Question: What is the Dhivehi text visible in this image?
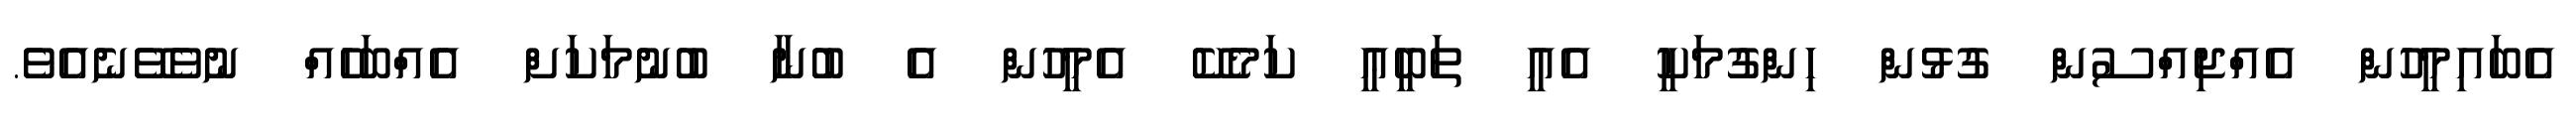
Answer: އެބައިމީހުން އެއްޖިއްސުން ގުޅުން ހިންގުމަކީ އެއީ ތަބީޢީ ކަމެކޭ އެމީހުން އެ ބުނާ ބުނުމަކަށް އެއްބަހެއް ނުވެވޭނެއެވެ.